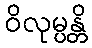
ဝိလုမ္ပန္တိ